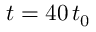
t = 4 0 \, t _ { 0 }